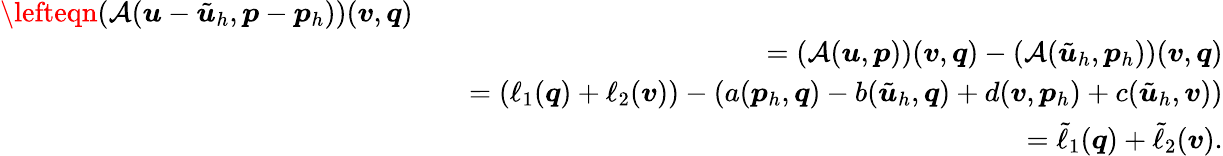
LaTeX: \begin{array}{rlr}{\lefteqn{(\mathcal{A}(\boldsymbol{u}-\tilde{\boldsymbol{u}}_{h},\boldsymbol{p}-\boldsymbol{p}_{h}))(\boldsymbol{v},\boldsymbol{q})}}\\ &{}&{=(\mathcal{A}(\boldsymbol{u},\boldsymbol{p}))(\boldsymbol{v},\boldsymbol{q})-(\mathcal{A}(\tilde{\boldsymbol{u}}_{h},\boldsymbol{p}_{h}))(\boldsymbol{v},\boldsymbol{q})}\\ &{}&{=(\ell_{1}(\boldsymbol{q})+\ell_{2}(\boldsymbol{v}))-(a(\boldsymbol{p}_{h},\boldsymbol{q})-b(\tilde{\boldsymbol{u}}_{h},\boldsymbol{q})+d(\boldsymbol{v},\boldsymbol{p}_{h})+c(\tilde{\boldsymbol{u}}_{h},\boldsymbol{v}))}\\ &{}&{=\tilde{\ell}_{1}(\boldsymbol{q})+\tilde{\ell}_{2}(\boldsymbol{v}).}\end{array}